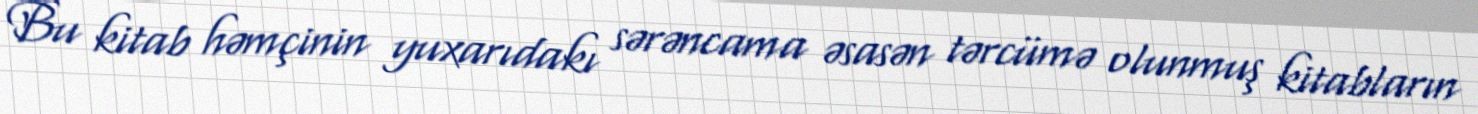
Bu kitab həmçinin yuxarıdakı sərəncama əsasən tərcümə olunmuş kitabların